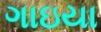
ગાઇયા